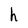
Character: h